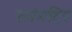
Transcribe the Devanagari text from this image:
राउंडट्रिप